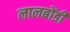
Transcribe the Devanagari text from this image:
लालबोंडी